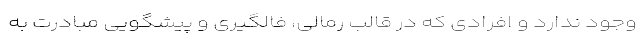
وجود ندارد و افرادی که در قالب رمالی، فالگیری و پیشگویی مبادرت به